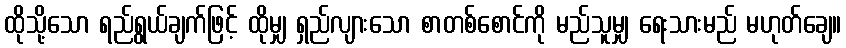
ထိုသို့သော ရည်ရွယ်ချက်ဖြင့် ထိုမျှ ရှည်လျားသော စာတစ်စောင်ကို မည်သူမျှ ရေးသားမည် မဟုတ်ချေ။